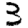
Digit: 3